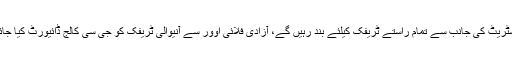
پانڈو سٹریٹ کی جانب سے تمام راستے ٹریفک کیلئے بند رہیں گے، آزادی فلائی اوور سے آنیوالی ٹریفک کو جی سی کالج ڈائیورٹ کیا جائے گا۔